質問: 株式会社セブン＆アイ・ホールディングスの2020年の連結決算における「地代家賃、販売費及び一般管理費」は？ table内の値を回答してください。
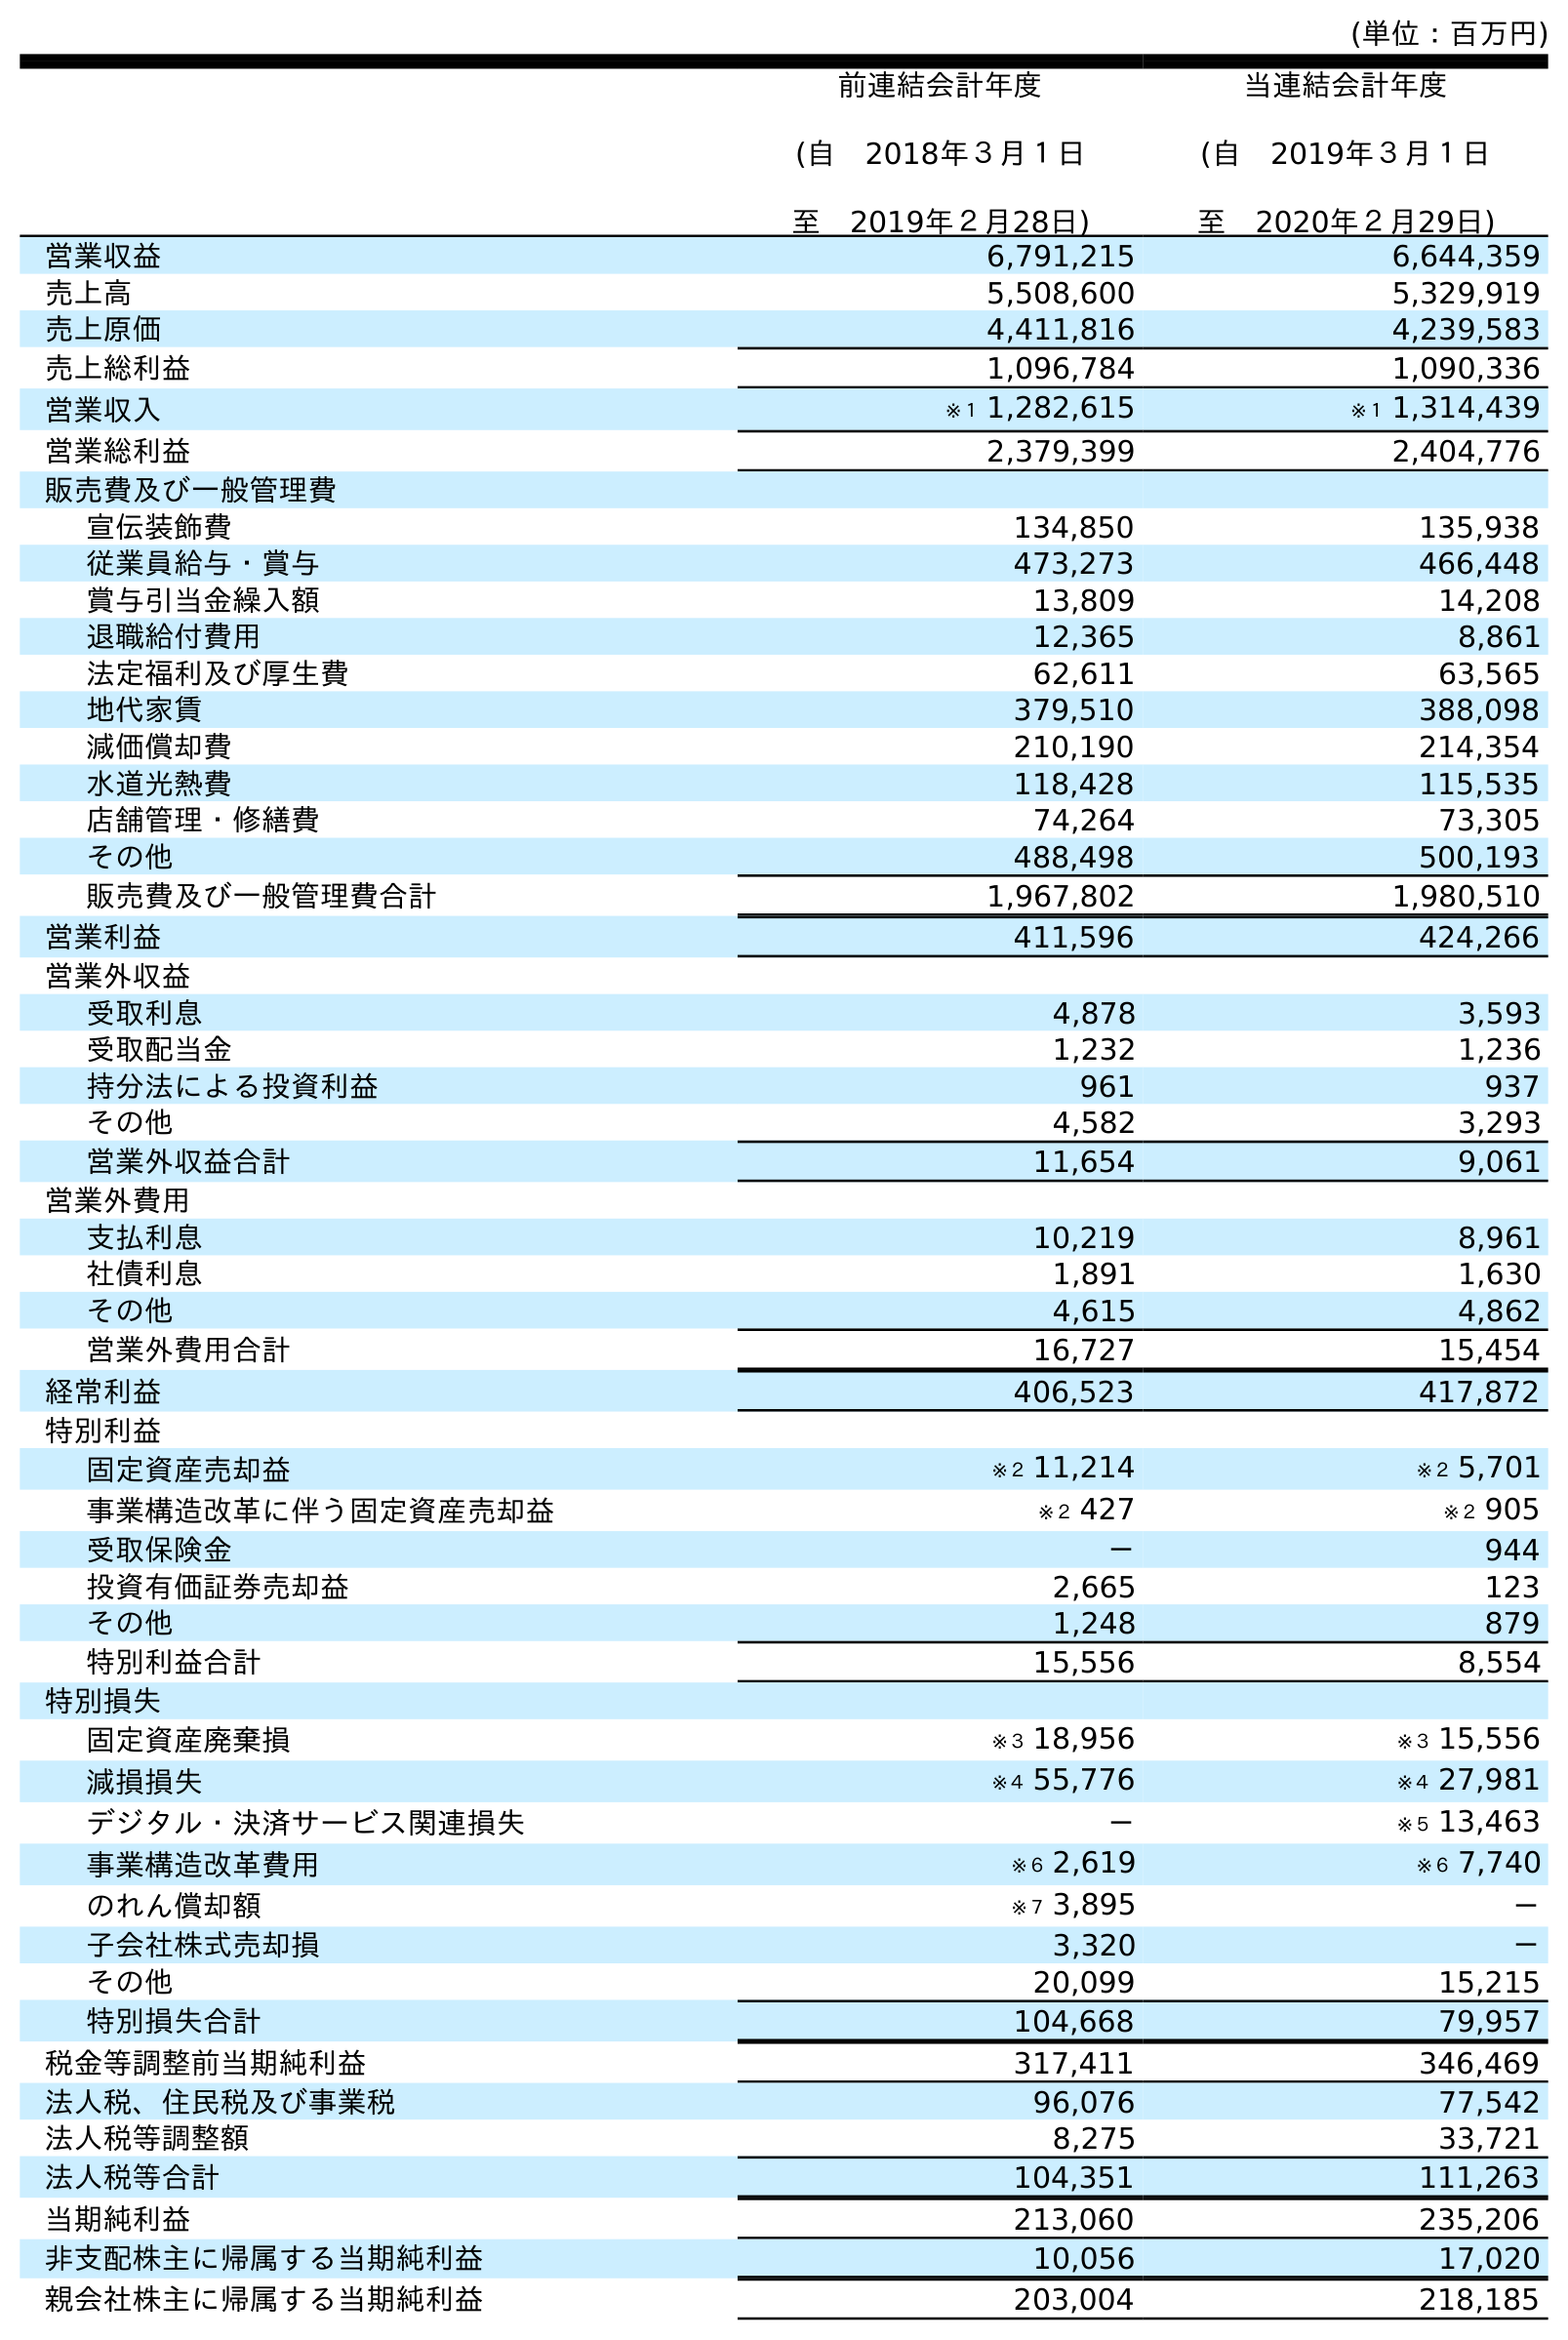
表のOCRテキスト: (単位：百万円) 前連結会計年度 (自 2018年３月１日 至 2019年２月28日) 当連結会計年度 (自 2019年３月１日 至 2020年２月29日) 営業収益 6,791,215 6,644,359 売上高 5,508,600 5,329,919 売上原価 4,411,816 4,239,583 売上総利益 1,096,784 1,090,336 営業収入 ※１ 1,282,615 ※１ 1,314,439 営業総利益 2,379,399 2,404,776 販売費及び一般管理費 宣伝装飾費 134,850 135,938 従業員給与・賞与 473,273 466,448 賞与引当金繰入額 13,809 14,208 退職給付費用 12,365 8,861 法定福利及び厚生費 62,611 63,565 地代家賃 379,510 388,098 減価償却費 210,190 214,354 水道光熱費 118,428 115,535 店舗管理・修繕費 74,264 73,305 その他 488,498 500,193 販売費及び一般管理費合計 1,967,802 1,980,510 営業利益 411,596 424,266 営業外収益 受取利息 4,878 3,593 受取配当金 1,232 1,236 持分法による投資利益 961 937 その他 4,582 3,293 営業外収益合計 11,654 9,061 営業外費用 支払利息 10,219 8,961 社債利息 1,891 1,630 その他 4,615 4,862 営業外費用合計 16,727 15,454 経常利益 406,523 417,872 特別利益 固定資産売却益 ※２ 11,214 ※２ 5,701 事業構造改革に伴う固定資産売却益 ※２ 427 ※２ 905 受取保険金 － 944 投資有価証券売却益 2,665 123 その他 1,248 879 特別利益合計 15,556 8,554 特別損失 固定資産廃棄損 ※３ 18,956 ※３ 15,556 減損損失 ※４ 55,776 ※４ 27,981 デジタル・決済サービス関連損失 － ※５ 13,463 事業構造改革費用 ※６ 2,619 ※６ 7,740 のれん償却額 ※７ 3,895 － 子会社株式売却損 3,320 － その他 20,099 15,215 特別損失合計 104,668 79,957 税金等調整前当期純利益 317,411 346,469 法人税、住民税及び事業税 96,076 77,542 法人税等調整額 8,275 33,721 法人税等合計 104,351 111,263 当期純利益 213,060 235,206 非支配株主に帰属する当期純利益 10,056 17,020 親会社株主に帰属する当期純利益 203,004 218,185
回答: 388,098